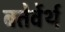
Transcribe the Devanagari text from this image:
बतेर्वेर्थ